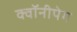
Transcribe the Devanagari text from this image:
क्वॉनीपेग